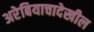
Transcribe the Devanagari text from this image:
अरेबियाचादेखील